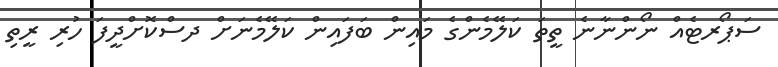
ސަޕޯރޓެއް ނޯންނާނެ ތީތަ ކަލޭމެންގެ މައިން ބަފައިން ކަލޭމެނަށް ދސްކޮށްދީފަ ހުރި ރީތި